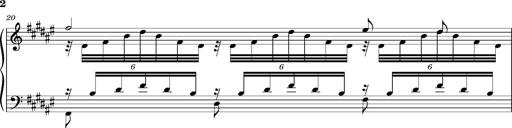
Title: Cavatine de Robert le Diable
Composer: Franz Liszt
Key: F-sharp minor